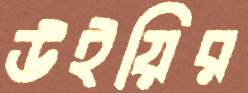
উইয়ির